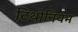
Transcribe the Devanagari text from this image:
टिथोनियम